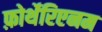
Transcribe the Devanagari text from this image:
फ़ोर्थेरिएनम